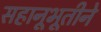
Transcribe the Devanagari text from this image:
सहानूभूतीने